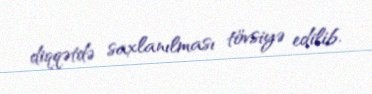
diqqətdə saxlanılması tövsiyə edilib.